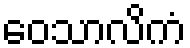
ဝေသာလိကံ